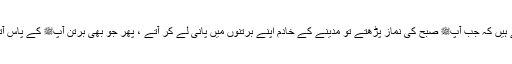
1575: سیدنا انس بن مالکؓ کہتے ہیں کہ جب آپﷺ صبح کی نماز پڑھتے تو مدینے کے خادم اپنے برتنوں میں پانی لے کر آتے ، پھر جو بھی برتن آپﷺ کے پاس آتا آپﷺ اپنا ہاتھ اس میں ڈبو دیتے۔